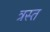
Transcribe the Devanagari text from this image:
त्रस्‍त